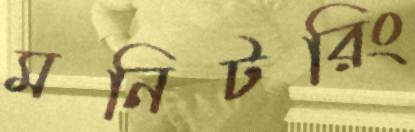
মনিটরিং